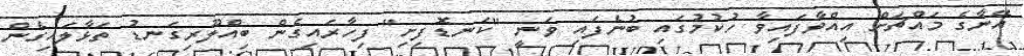
އޭނާގެ މައްޗަށް އިއްވާފައިވާ ހުކުމުގައި ބުނެފައި ވަނީ "ކަނޑޮފިށި" ފިހާރައިގެން ބިއްލޫރިގަނޑު ތަޅާލައިގެން